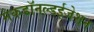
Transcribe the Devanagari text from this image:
मैकडॉनल्डईजेशन